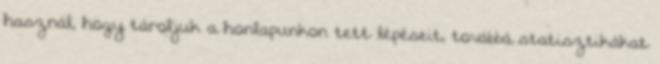
használ, hogy tároljuk a honlapunkon tett lépéseit, továbbá statisztikákat